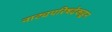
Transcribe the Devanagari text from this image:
नाट्यपरिषदेकडून